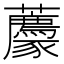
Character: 𧲛